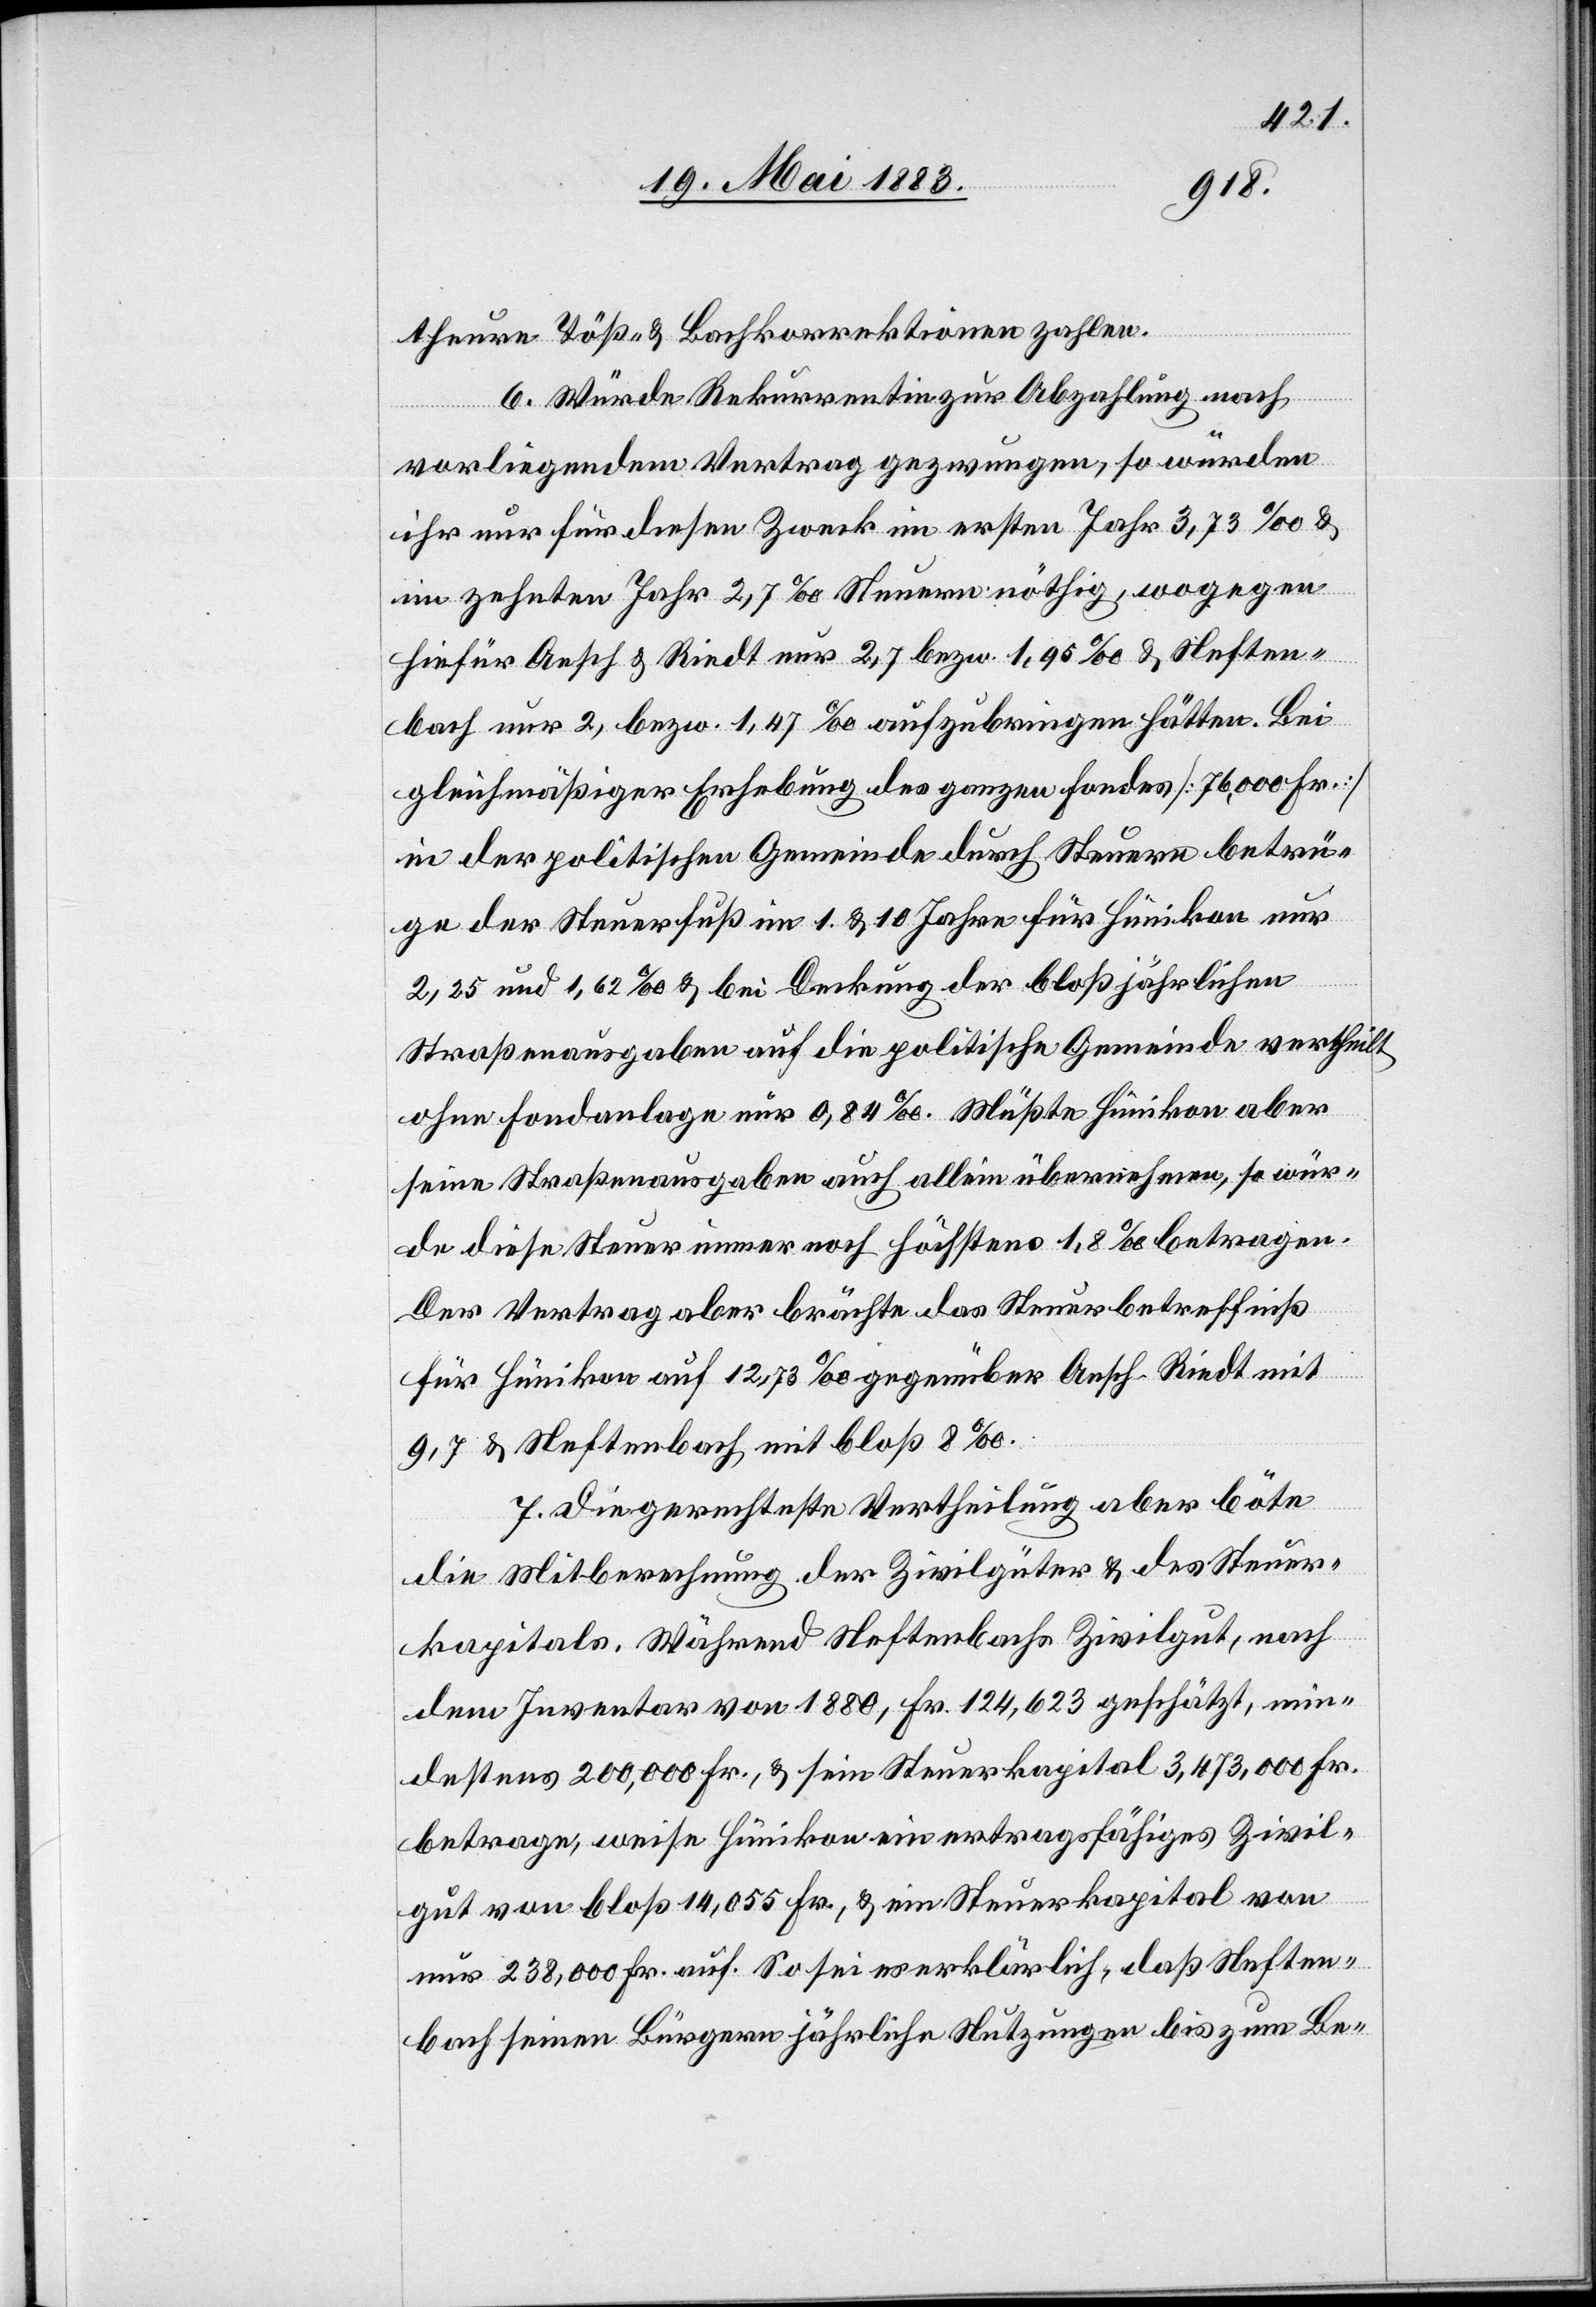
theure Töß- & Bachkorrektionen zahlen.
6. Würde Rekurrentin zur Abzahlung nach
vorliegendem Vertrag gezwungen, so würden
ihr nur für diesen Zweck im ersten Jahr 3,73‰ &
im zehnten Jahr 2,7‰ Steuern nöthig, wogegen
hiefür Aesch & Riedt nur 2,7 bezw. 1,96‰ & Neften¬
bach nur 2, bezw. 1,47‰ aufzubringen hätten. Bei
gleichmäßiger Erhebung des ganzen Fondes [76,000 Fr.]
in der politischen Gemeinde durch Steuern betrü¬
ge der Steuerfuß im 1. & 10. Jahre für Hünikon nur
2,25 und 1,62‰ & bei Deckung der bloß jährlichen
Straßenausgaben auf die politische Gemeinde vertheilt
ohne Fondanlage nur 0,84‰. Müßte Hünikon aber
seine Straßenausgaben auch allein übernehmen, so wür¬
de diese Steuer noch höchstens 1,8‰ betragen.
Der Vertrag aber brächte das Steuerbetreffniß
für Hünikon auf 12,73‰ gegenüber Aesch - Riedt mit
9,7 & Neftenbach mit bloß 8‰.
7. Die gerechteste Vertheilung aber böte
die Mitberechnung der Zivilgüter & des Steuer¬
kapitals. Während Neftenbachs Zivilgut, nach
dem Inventar von 1880, Fr. 124,623 geschätzt, min¬
destens 200,000 Fr., & sein Steuerkapital 3,473,000 Fr.
betrage, weise Hünikon ein ertragsfähiges Zivil¬
gut von bloß 14,055 Fr., & ein Steuerkapital von
nur 238,000 Fr. auf. So sei es erklärlich, daß Neften¬
bach seinen Bürgern jährliche Nutzungen bis zum Be-